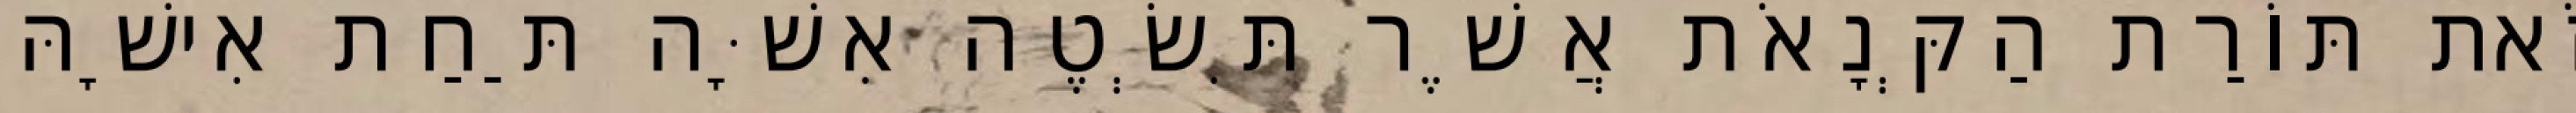
זֹאת תּוֹרַת הַקְּנָאֹת אֲשֶׁר תִּשְׂטֶה אִשָּׁה תַּחַת אִישָׁהּ